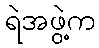
ရဲအဖွဲ့က